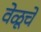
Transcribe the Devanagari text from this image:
वेळूचे